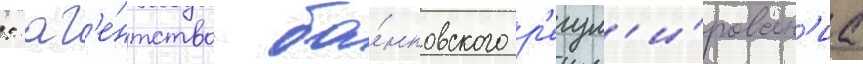
: аг'е́нтство ба́нковского р'егул'и́рован'иа